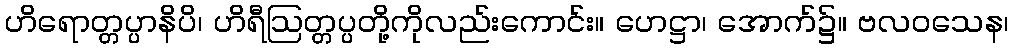
ဟိရောတ္တပ္ပာနိပိ၊ ဟိရီဩတ္တပ္ပတို့ကိုလည်းကောင်း။ ဟေဋ္ဌာ၊ အောက်၌။ ဗလဝသေန၊